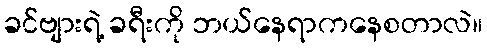
ခင်ဗျားရဲ့ ခရီးကို ဘယ်နေရာကနေစတာလဲ။